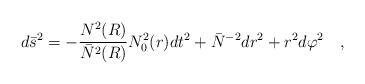
LaTeX: \begin{align*}d\bar{s}^2=-{N^2(R) \over \bar{N}^2(R)}N_0^2(r)dt^2+\bar{N}^{-2}dr^2+r^2d\varphi^2~~~,\end{align*}